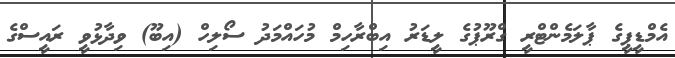
އެމްޑީޕީގެ ޕާލަމެންޓްރީ ގްރޫޕުގެ ލީޑަރު އިބްރާހިމް މުހައްމަދު ސޯލިހް (އިބޫ) ވިދާޅުވީ ރައީސްގެ